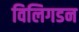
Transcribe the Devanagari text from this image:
विलिगडन